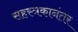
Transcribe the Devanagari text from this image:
सहस्त्रकानंतर